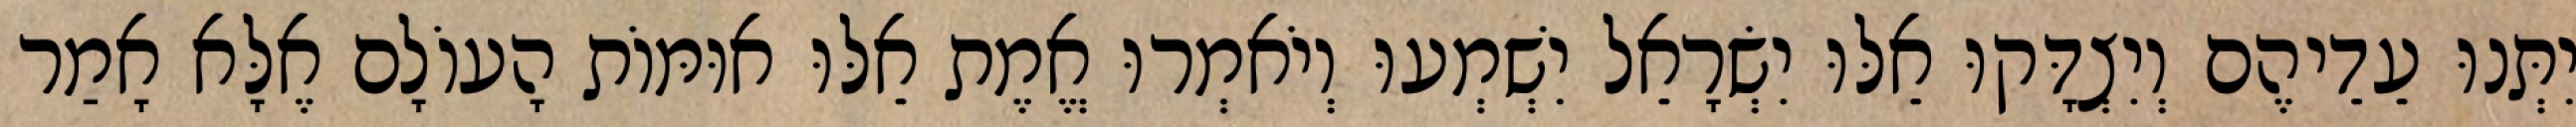
יִתְּנוּ עֵדֵיהֶם וְיִצְדָּקוּ אֵלּוּ יִשְׂרָאֵל יִשְׁמְעוּ וְיֹאמְרוּ אֱמֶת אֵלּוּ אוּמּוֹת הָעוֹלָם אֶלָּא אָמַר